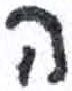
אות: ה